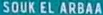
SOUK EL ARBAA